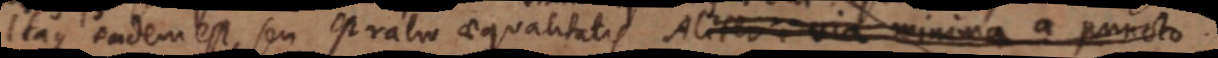
Itaque eadem est, seu est ratio aequalitatis Aliter via minima a puncto.